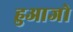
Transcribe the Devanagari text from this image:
हुआजो